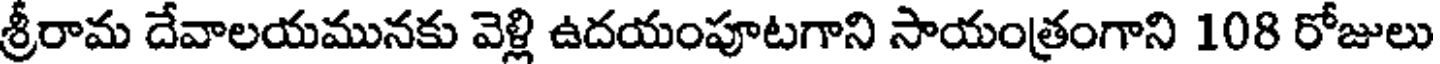
శ్రీరామ దేవాలయమునకు వెళ్లి ఉదయంపూటగాని సాయంత్రంగాని 108 రోజులు